Serum-therapy of plague in India - Number 20
Disease focus: Plague
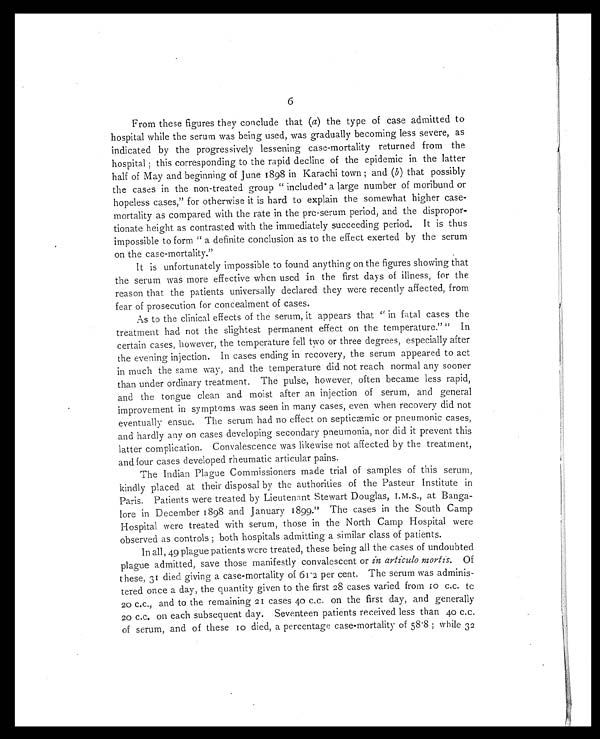
6
From these figures they conclude that ( a) the type of case admitted to
hospital while the serum was being used, was gradually becoming less severe, as
indicated by the progressively lessening case-mortality returned from the
hospital ; this corresponding to the rapid decline of the epidemic in the latter
half of May and beginning of June 1898 in Karachi town ; and ( b) that possibly
the cases in the non-treated group "included a large number of moribund or
hopeless cases," for otherwise it is hard to explain the somewhat higher case-
mortality as compared with the rate in the pre-serum period, and the dispropor-
tionate height as contrasted with the immediately succeeding period. It is thus
impossible to form "a definite conclusion as to the effect exerted by the serum
on the case-mortality."
It is unfortunately impossible to found anything on the figures showing that
the serum was more effective when used in the first days of illness, for the
reason that the patients universally declared they were recently affected, from
fear of prosecution for concealment of cases.
As to the clinical effects of the serum, it appears that "in fatal cases the
treatment had not the slightest permanent effect on the temperature." 11 In
certain cases, however, the temperature fell two or three degrees, especially after
the evening injection. In cases ending in recovery, the serum appeared to act
in much the same way, and the temperature did not reach normal any sooner
than under ordinary treatment. The pulse, however, often became less rapid,
and the tongue clean and moist after an injection of serum, and general
improvement in symptoms was seen in many cases, even when recovery did not
eventually ensue. The serum had no effect on septicæmic or pneumonic cases,
and hardly any on cases developing secondary pneumonia, nor did it prevent this
latter complication. Convalescence was likewise not affected by the treatment,
and four cases developed rheumatic articular pains.
The Indian Plague Commissioners made trial of samples of this serum,
kindly placed at their disposal by the authorities of the Pasteur Institute in
Paris. Patients were treated by Lieutenant Stewart Douglas, I.M.S., at Banga-
lore in December 1898 and January 1899. 12 The cases in the South Camp
Hospital were treated with serum, those in the North Camp Hospital were
observed as controls ; both hospitals admitting a similar class of patients.
In all, 49 plague patients were treated, these being all the cases of undoubted
plague admitted, save those manifestly convalescent or in articulo mortis. Of
these, 31 died giving a case-mortality of 61.2 per cent. The serum was adminis-
tered once a day, the quantity given to the first 28 cases varied from 10 c.c. to
20 c.c., and to the remaining 21 cases 40 c.c. on the first day, and generally
20 c.c. on each subsequent day. Seventeen patients received less than 40 c.c.
of serum, and of these 10 died, a percentage case-mortality of 58.8 ; while 32